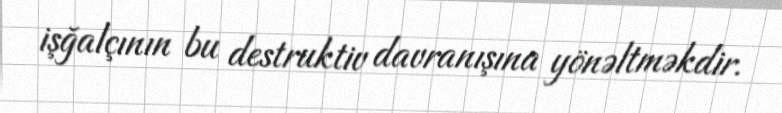
işğalçının bu destruktiv davranışına yönəltməkdir.